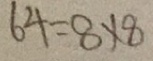
6 4 = 8 \times 8